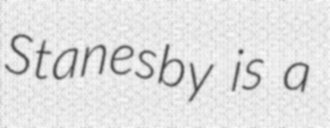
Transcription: Stanesby is a